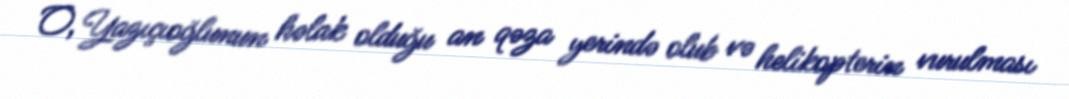
O, Yazıçıoğlunun həlak olduğu an qəza yerində olub və helikopterin vurulması